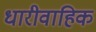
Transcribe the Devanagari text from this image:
धारीवाहिक